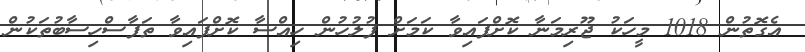
އެގޮތުން 1018 މީހަކު ޖޫރިމަނާ ކޮށްފައިވާ ކަމަށް ފުލުހުން ހިއްސާ ކޮށްފައިވާ ތަފާސްހިސާބުތަކުން